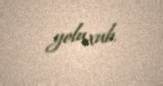
yoluxub.